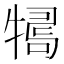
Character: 𤛒